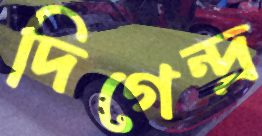
দিগেন্দ্র